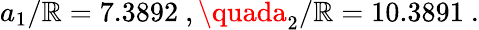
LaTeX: a_{1}/\mathbb{R}=7.3892\ ,\quada_{2}/\mathbb{R}=10.3891\ .